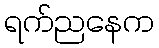
ရက်ညနေက